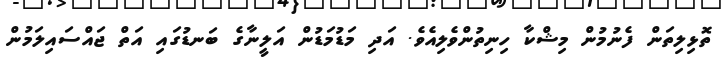
ތޮޅިލިތަން ފެނުމުން މިޝްކާ ހިނިތުންވެލިއެވެ. އަދި މަޑުމަަަޑުން އަލީނާގެ ބަނޑުގައި އަތް ޖައްސައިލަމުން